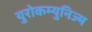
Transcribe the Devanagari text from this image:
युरोकम्युनिज्म